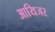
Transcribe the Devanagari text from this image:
आयिजर